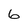
Character: 6